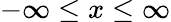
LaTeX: -\infty\leq x\leq\infty